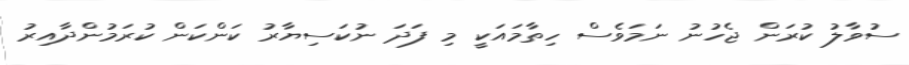
ސުވާލު ކުރަން ޖެހުނު ނަމަވެސް ހިތާމައަކީ މި ފަދަ ނުކަސިޔާރު ކަންކަން ކުރަމުންދާއިރު